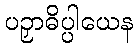
ပဉှာဓိပ္ပါယေန